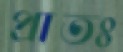
প্রাতঃ